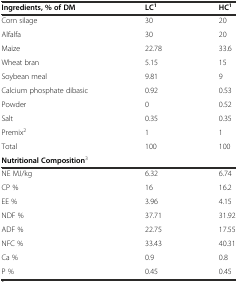
<table><thead><tr><td><b>Ingredients, % of DM</b></td><td><b>LC<sup>1</sup></b></td><td><b>HC<sup>1</sup></b></td></tr></thead><tbody><tr><td>Corn silage</td><td>30</td><td>20</td></tr><tr><td>Alfalfa</td><td>30</td><td>20</td></tr><tr><td>Maize</td><td>22.78</td><td>33.6</td></tr><tr><td>Wheat bran</td><td>5.15</td><td>15</td></tr><tr><td>Soybean meal</td><td>9.81</td><td>9</td></tr><tr><td>Calcium phosphate dibasic</td><td>0.92</td><td>0.53</td></tr><tr><td>Powder</td><td>0</td><td>0.52</td></tr><tr><td>Salt</td><td>0.35</td><td>0.35</td></tr><tr><td>Premix<sup>2</sup></td><td>1</td><td>1</td></tr><tr><td>Total</td><td>100</td><td>100</td></tr><tr><td><b>Nutritional Composition</b><sup>3</sup></td><td></td><td></td></tr><tr><td>NE MJ/kg</td><td>6.32</td><td>6.74</td></tr><tr><td>CP %</td><td>16</td><td>16.2</td></tr><tr><td>EE %</td><td>3.96</td><td>4.15</td></tr><tr><td>NDF %</td><td>37.71</td><td>31.92</td></tr><tr><td>ADF %</td><td>22.75</td><td>17.55</td></tr><tr><td>NFC %</td><td>33.43</td><td>40.31</td></tr><tr><td>Ca %</td><td>0.9</td><td>0.8</td></tr><tr><td>P %</td><td>0.45</td><td>0.45</td></tr></tbody></table>